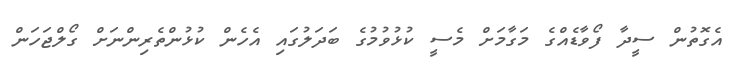
އެގޮތުން ސީދާ ފޯވާޑެއްގެ މަގާމަށް މެސީ ކުޅުވުމުގެ ބަދަލުގައި އެހެން ކުޅުންތެރިންނަށް ގޯލްޖަހަން